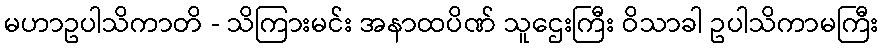
မဟာဥပါသိကာတိ - သိကြားမင်း အနာထပိဏ် သူဌေးကြီး ဝိသာခါ ဥပါသိကာမကြီး